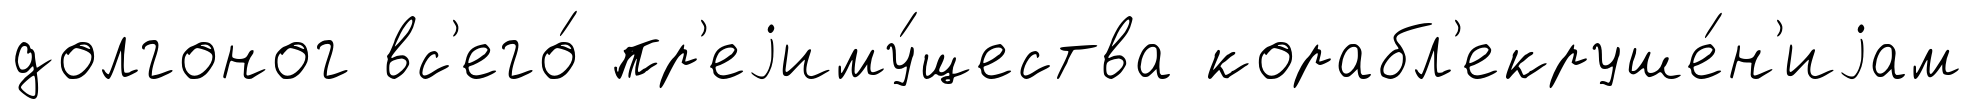
долгоног вс'его́ пр'еjиму́щества корабл'екруше́н'иjам